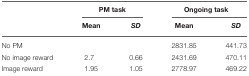
<table><thead><tr><td></td><td colspan="2"><b>PM task</b></td><td colspan="2"><b>Ongoing task</b></td></tr><tr><td></td><td><b>Mean</b></td><td><b><i>SD</i></b></td><td><b>Mean</b></td><td><b><i>SD</i></b></td></tr></thead><tbody><tr><td>No PM</td><td></td><td></td><td>2831.85</td><td>441.73</td></tr><tr><td>No image reward</td><td>2.7</td><td>0.66</td><td>2431.69</td><td>470.11</td></tr><tr><td>Image reward</td><td>1.95</td><td>1.05</td><td>2778.97</td><td>469.22</td></tr></tbody></table>